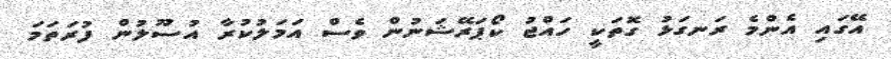
އޭގައި އެންމެ ރަނގަޅު ގޮތަކީ ހައްޖު ކޯޕަރޭޝަނުން ވެސް އަަމަލުކުރާ އުސޫލުން ފުރަތަމަ